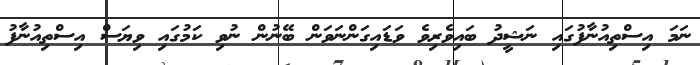
ނަމަ އިސްތިއުނާފުގައި ނަޝީދު ބައިވެރިވެ ވަޑައިގަންނަވަން ބޭނުން ނުވި ކަމުގައި ވިޔަސް އިސްތިއުނާފު